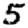
Digit: 5